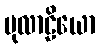
မုလာဠိယော